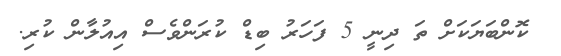
ކޮންބަޔަކަށް ތަ ދިނީ 5 ފަހަރު ބިޑް ކުރަންވެސް އިއުލާން ކުރި.